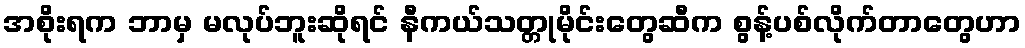
အစိုးရက ဘာမှ မလုပ်ဘူးဆိုရင် နီကယ်သတ္တုမိုင်းတွေဆီက စွန့်ပစ်လိုက်တာတွေဟာ